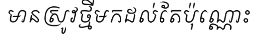
មានស្រូវថ្មីមកដល់តែប៉ុណ្ណោះ